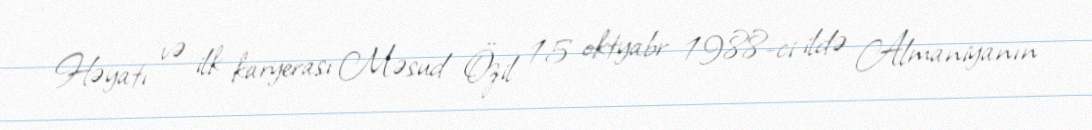
Həyatı və ilk karyerası Məsud Özil 15 oktyabr 1988-ci ildə Almaniyanın